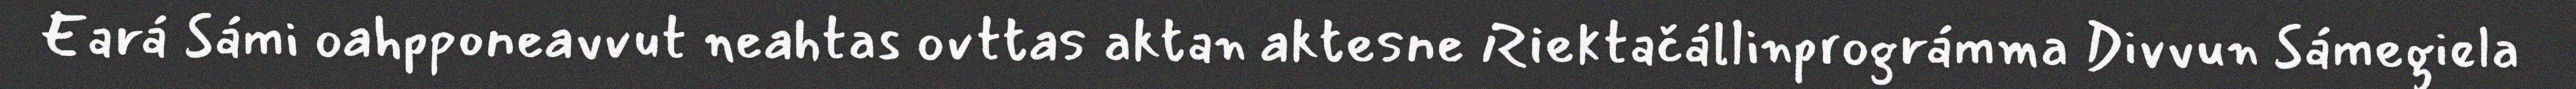
Eará Sámi oahpponeavvut neahtas ovttas aktan aktesne Riektačállinprográmma Divvun Sámegiela